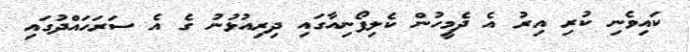
ކައިވެނި ކުރި އިރު އެ ދެމީހުން ކެލިފޯނިއާގައި ދިރިއުޅުނު ގެ އެ ސަރަހައްދުގައި